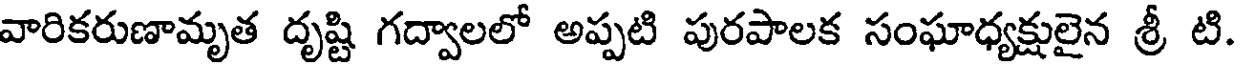
వారికరుణామృత దృష్టి గద్వాలలో అప్పటి పురపాలక సంఘాధ్యక్షులైన శ్రీ టి.